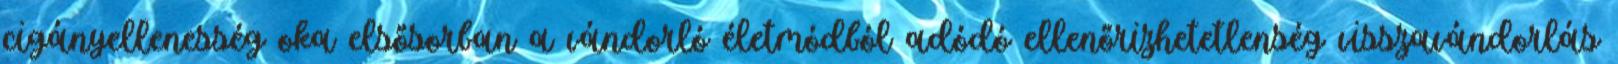
cigányellenesség oka elsősorban a vándorló életmódból adódó ellenőrizhetetlenség visszavándorlás